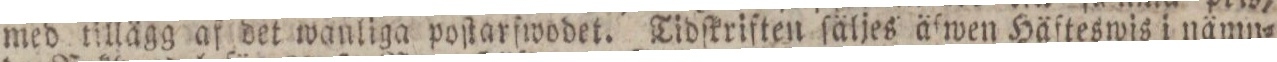
med tillägg af det wanliga poſtarfwodet. Tidſkriften ſäljes äſwen Häfteswis i nämn=